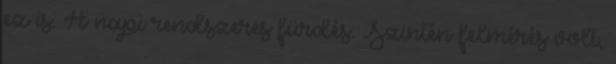
ez is. A napi rendszeres fürdés. Szintén felmérés volt,